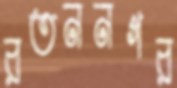
রতননগর